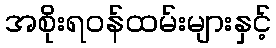
အစိုးရဝန်ထမ်းများနှင့်